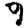
Digit: 9